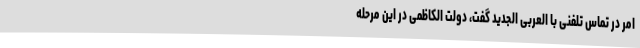
امر در تماس تلفنی با العربی الجدید گفت، دولت الکاظمی در این مرحله